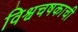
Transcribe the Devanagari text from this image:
विश्वचषकाची